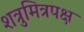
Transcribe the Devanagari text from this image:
शत्रुमित्रपक्ष